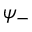
\psi _ { - }